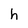
Character: h